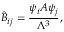
\hat { B } _ { i j } = \frac { \psi _ { i } A \psi _ { j } } { \Lambda ^ { 3 } } ,